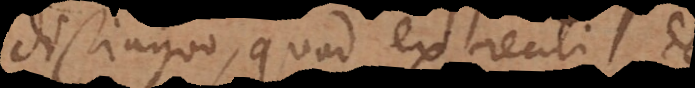
distinguo, quod ex reali defi